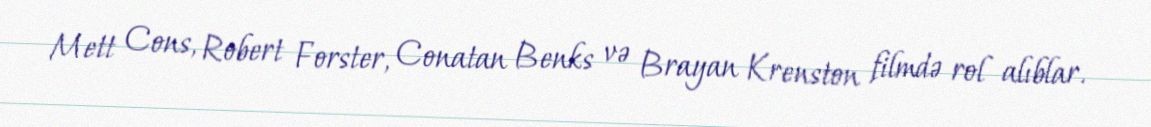
Mett Cons, Robert Forster, Conatan Benks və Brayan Krenston filmdə rol alıblar.